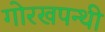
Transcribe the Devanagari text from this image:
गोरखपन्थी